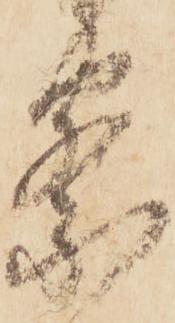
察